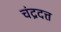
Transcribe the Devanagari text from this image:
चंद्रदत्त